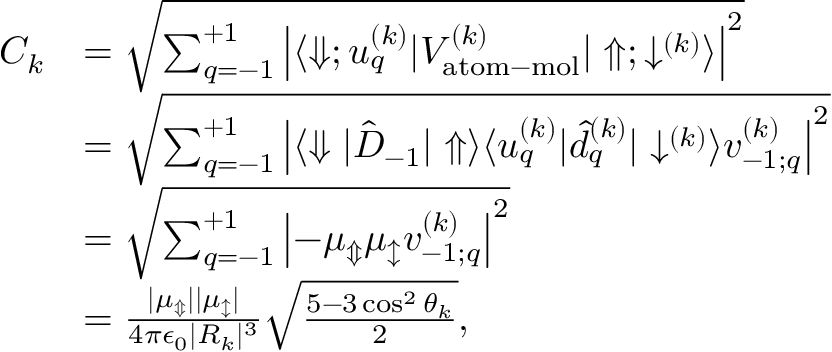
\begin{array} { r l } { C _ { k } } & { = \sqrt { \sum _ { q = - 1 } ^ { + 1 } \left| \langle \Downarrow ; u _ { q } ^ { ( k ) } | V _ { \mathrm { a t o m - m o l } } ^ { ( k ) } | \Uparrow ; \downarrow ^ { ( k ) } \rangle \right| ^ { 2 } } } \\ & { = \sqrt { \sum _ { q = - 1 } ^ { + 1 } \left| \langle \Downarrow | \hat { D } _ { - 1 } | \Uparrow \rangle \langle u _ { q } ^ { ( k ) } | \hat { d } _ { q } ^ { ( k ) } | \downarrow ^ { ( k ) } \rangle v _ { - 1 ; q } ^ { ( k ) } \right| ^ { 2 } } } \\ & { = \sqrt { \sum _ { q = - 1 } ^ { + 1 } \left| - \mu _ { \Updownarrow } \mu _ { \updownarrow } v _ { - 1 ; q } ^ { ( k ) } \right| ^ { 2 } } } \\ & { = \frac { | \mu _ { \Updownarrow } | | \mu _ { \updownarrow } | } { 4 \pi \epsilon _ { 0 } | R _ { k } | ^ { 3 } } \sqrt { \frac { 5 - 3 \cos ^ { 2 } \theta _ { k } } { 2 } } , } \end{array}